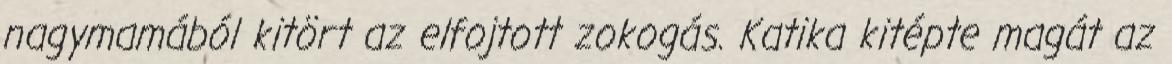
nagymamából kitört az elfojtott zokogás. Katika kitépte magát az